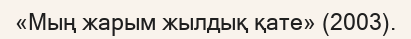
«Мың жарым жылдық қате» (2003).